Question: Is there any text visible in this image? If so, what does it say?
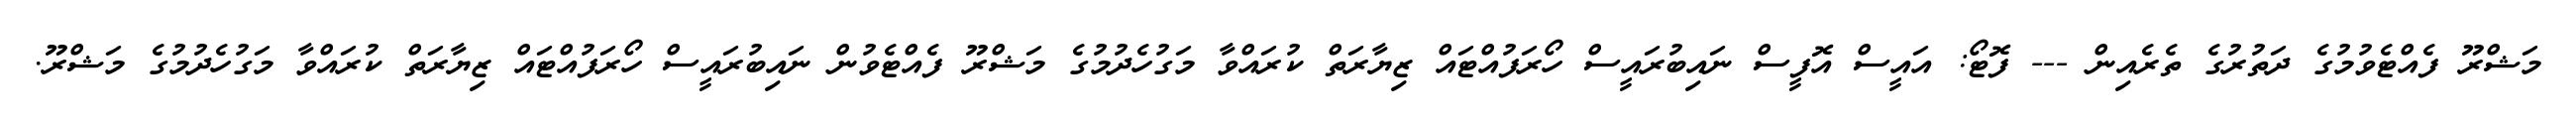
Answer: މަޝްރޫ ފެއްޓެވުމުގެ ދަތުރުގެ ތެރެއިން --- ފޮޓޯ: އައީސް އޮފީސް ނައިބުރައީސް ހޯރަފުއްޓައް ޒިޔާރަތް ކުރައްވާ މަގުހެދުމުގެ މަޝްރޫ ފެއްޓެވުން ނައިބުރައީސް ހޯރަފުއްޓައް ޒިޔާރަތް ކުރައްވާ މަގުހެދުމުގެ މަޝްރޫ.